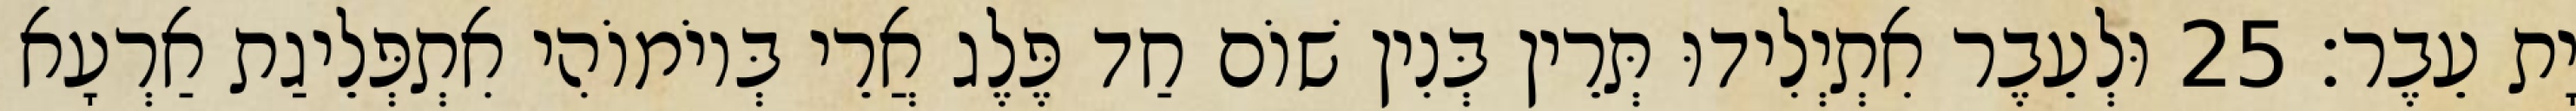
יָת עֵבֶר׃ 25 וּלְעֵבֶר אִתְיְלִידוּ תְּרֵין בְּנִין שׁוֹם חַד פֶּלֶג אֲרֵי בְּיוֹמוֹהִי אִתְפְּלֵיגַת אַרְעָא